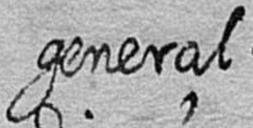
general